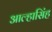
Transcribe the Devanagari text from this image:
आल्हासिंह